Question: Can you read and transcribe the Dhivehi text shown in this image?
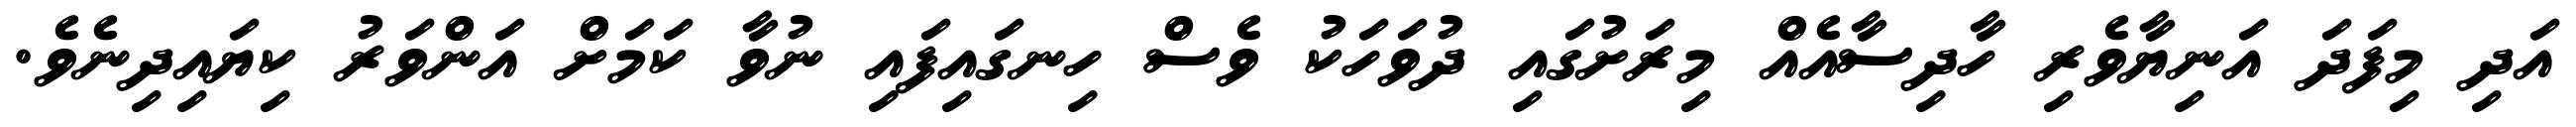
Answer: އަދި މިފަދަ އަނިޔާވެރި ހާދިސާއެއް މިރަށުގައި ދުވަހަކު ވެސް ހިނގައިފައި ނުވާ ކަމަށް އަންވަރު ކިޔައިދިނެވެ.